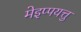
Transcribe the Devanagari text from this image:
मेइप्पयत्तु